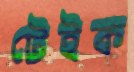
টেইক